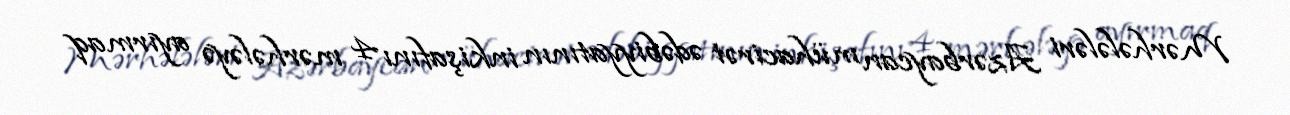
Mərhələləri Azərbaycan mühacirət ədəbiyyatının inkişafını 4 mərhələyə ayırmaq